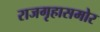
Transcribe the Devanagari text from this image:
राजगृहासमोर